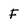
Character: F